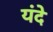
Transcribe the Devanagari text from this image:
यंदे